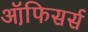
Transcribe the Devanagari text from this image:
ऑफि़सर्स